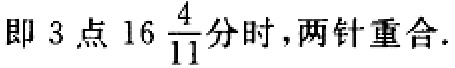
即 3 点 \(16\frac{4}{11}\) 分时，两针重合.